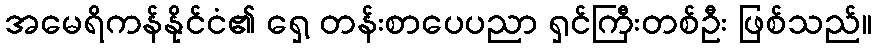
အမေရိကန်နိုင်ငံ၏ ရှေ့ တန်းစာပေပညာ ရှင်ကြီးတစ်ဦး ဖြစ်သည်။